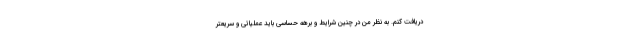
دریافت کنم. به نظر من در چنین شرایط و برهه حساسی باید عملیاتی و سریعتر